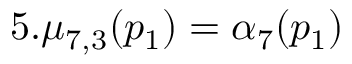
5 . \mu _ { 7 , 3 } ( p _ { 1 } ) = \alpha _ { 7 } ( p _ { 1 } )